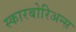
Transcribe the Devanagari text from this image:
स्कारबोरिअन्स